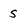
Character: 5